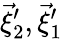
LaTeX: \vec{\xi}_{2}^{\prime},\vec{\xi}_{1}^{\prime}